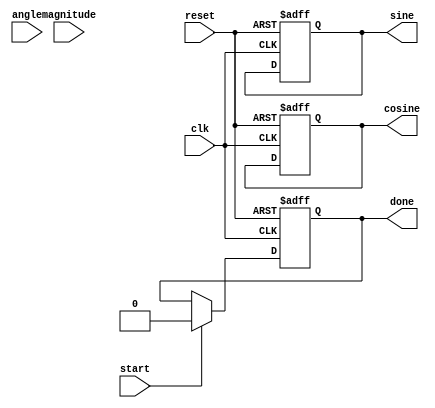
module cordic(
    input wire clk,
    input wire reset,
    input wire start,
    input wire [15:0] angle,      // Fixed-point angle input
    input wire [15:0] magnitude,  // Fixed-point magnitude input
    output reg [15:0] cosine,     // Fixed-point cosine output
    output reg [15:0] sine,       // Fixed-point sine output
    output reg done               // Indicates completion of calculation
);

    parameter NUM_ITERATIONS = 16; // Number of CORDIC iterations
    parameter FIXED_POINT_WIDTH = 16; // Bit-width for fixed-point representation
    parameter CORDIC_GAIN = 16'h26DD; // Precomputed CORDIC gain (approx. 0.607)

    reg [FIXED_POINT_WIDTH-1:0] x; // x register
    reg [FIXED_POINT_WIDTH-1:0] y; // y register
    reg [FIXED_POINT_WIDTH-1:0] z; // z register (angle)
    reg [3:0] iteration; // Iteration counter
    reg [FIXED_POINT_WIDTH-1:0] atan_table [0:NUM_ITERATIONS-1]; // Lookup table for arctangent values

    // Initialize the arctangent lookup table
    initial begin
        atan_table[0] = 16'h2000; // atan(2^-0)
        atan_table[1] = 16'h1000; // atan(2^-1)
        atan_table[2] = 16'h0800; // atan(2^-2)
        atan_table[3] = 16'h0400; // atan(2^-3)
        atan_table[4] = 16'h0200; // atan(2^-4)
        atan_table[5] = 16'h0100; // atan(2^-5)
        atan_table[6] = 16'h0080; // atan(2^-6)
        atan_table[7] = 16'h0040; // atan(2^-7)
        atan_table[8] = 16'h0020; // atan(2^-8)
        atan_table[9] = 16'h0010; // atan(2^-9)
        atan_table[10] = 16'h0008; // atan(2^-10)
        atan_table[11] = 16'h0004; // atan(2^-11)
        atan_table[12] = 16'h0002; // atan(2^-12)
        atan_table[13] = 16'h0001; // atan(2^-13)
        atan_table[14] = 16'h0000; // atan(2^-14)
        atan_table[15] = 16'h0000; // atan(2^-15)
    end

    // State machine for CORDIC processing
    always @(posedge clk or posedge reset) begin
        if (reset) begin
            cosine <= 16'h0000;
            sine <= 16'h0000;
            done <= 1'b0;
            iteration <= 0;
        end else if (start) begin
            // Initialize registers
            x <= magnitude; // Initial x = magnitude
            y <= 16'h0000;  // Initial y = 0
            z <= angle;     // Load angle
            iteration <= 0; // Start iteration
            done <= 1'b0;
        end else if (iteration < NUM_ITERATIONS) begin
            // CORDIC iteration
            if (z < 0) begin
                // Rotate counter-clockwise
                x <= x + (y >>> iteration);
                y <= y - (x >>> iteration);
                z <= z + atan_table[iteration];
            end else begin
                // Rotate clockwise
                x <= x - (y >>> iteration);
                y <= y + (x >>> iteration);
                z <= z - atan_table[iteration];
            end
            iteration <= iteration + 1;
        end else if (iteration == NUM_ITERATIONS) begin
            // Final scaling
            cosine <= (x * CORDIC_GAIN) >>> 15; // Scale x to get cosine
            sine <= (y * CORDIC_GAIN) >>> 15;   // Scale y to get sine
            done <= 1'b1; // Indicate completion
        end
    end
endmodule